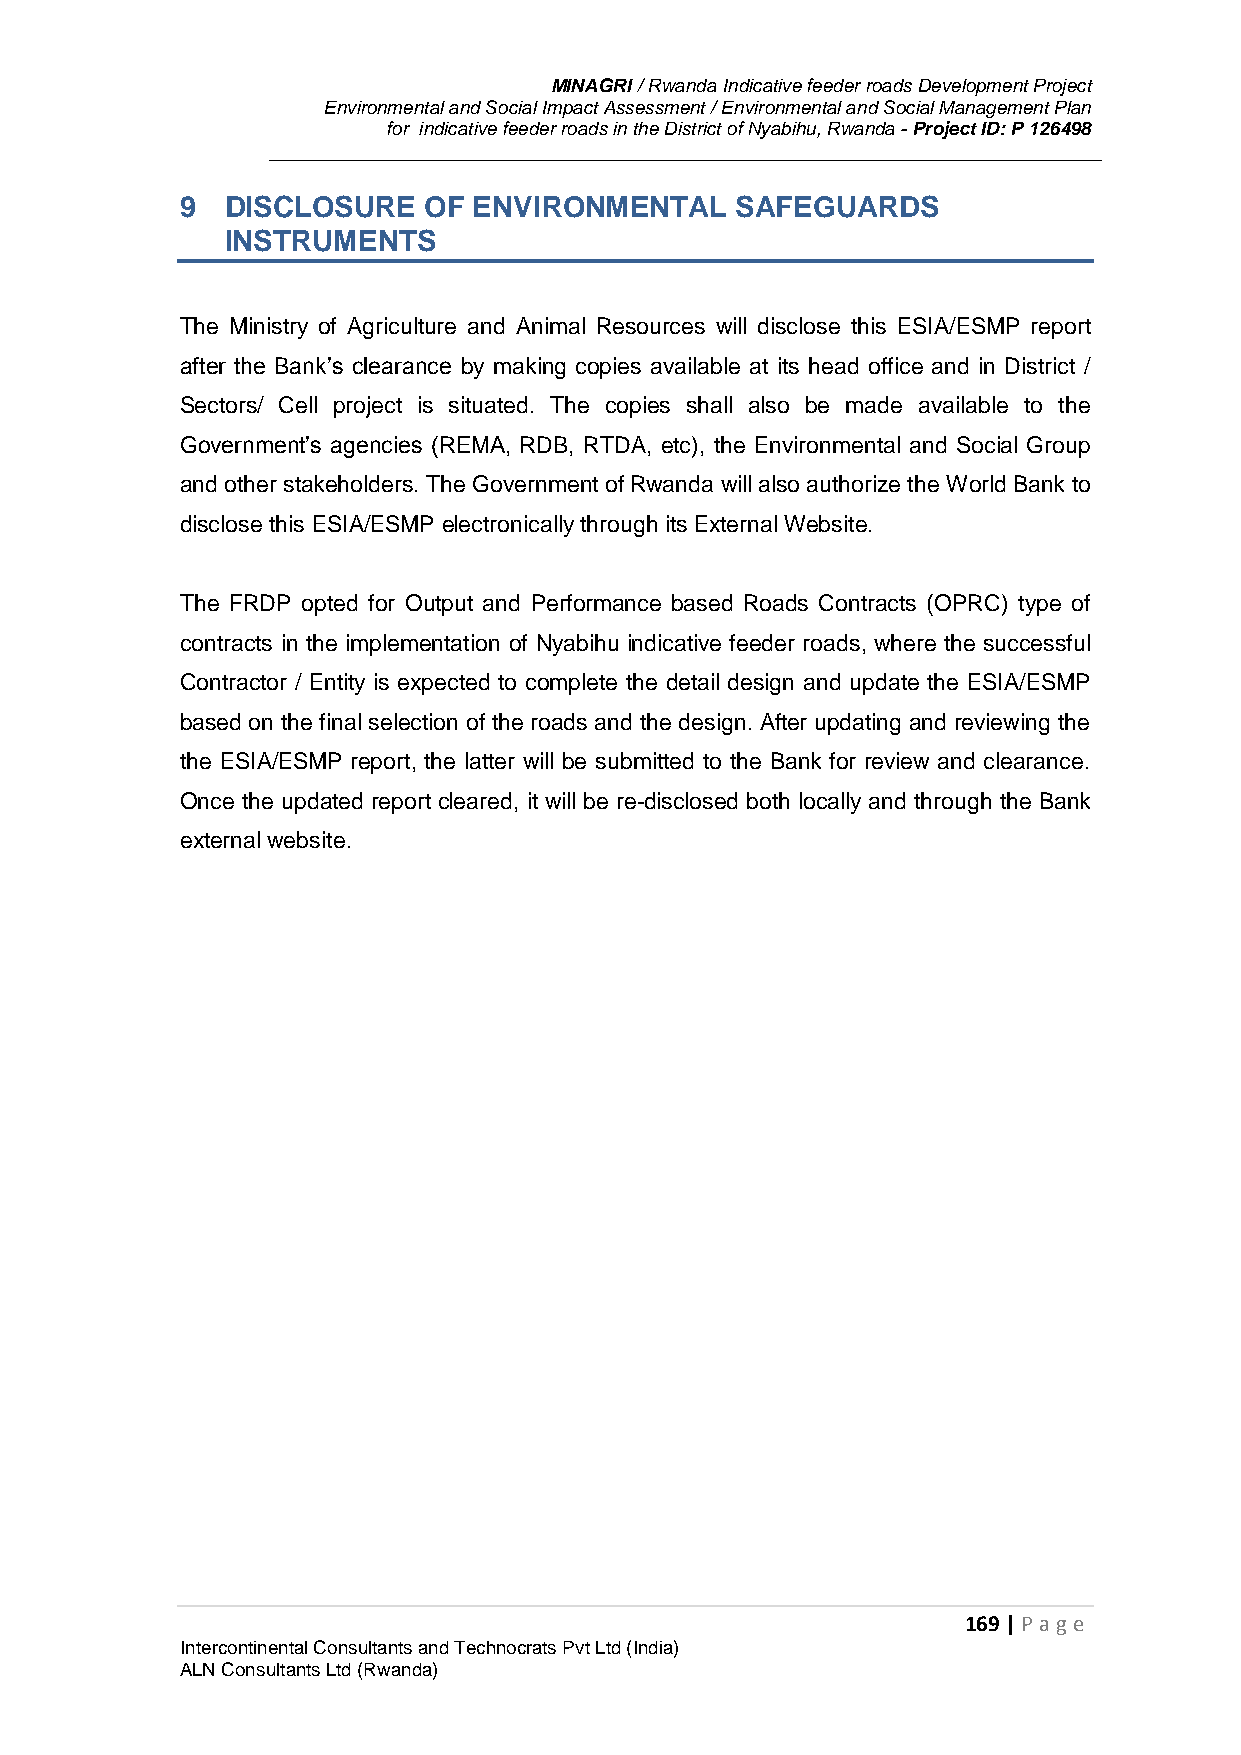
MINAGRI / Rwanda Indicative feeder roads Development Project
 Environmental and Social Impact Assessment / Environmental and Social Management Plan
 for indicative feeder roads in the District of Nyabihu, Rwanda - Project ID: P 126498
 9  DISCLOSURE   OF ENVIRONMENTAL     SAFEGUARDS
 INSTRUMENTS
 The Ministry of Agriculture and Animal Resources will disclose this ESIA/ESMP report
 after the Bank’s clearance by making copies available at its head office and in District /
 Sectors/ Cell project is situated. The copies shall also be made available to the
 Government’s agencies (REMA, RDB, RTDA, etc), the Environmental and Social Group
 and other stakeholders. The Government of Rwanda will also authorize the World Bank to
 disclose this ESIA/ESMP electronically through its External Website.
 The FRDP opted for Output and Performance based Roads Contracts (OPRC) type of
 contracts in the implementation of Nyabihu indicative feeder roads, where the successful
 Contractor / Entity is expected to complete the detail design and update the ESIA/ESMP
 based on the final selection of the roads and the design. After updating and reviewing the
 the ESIA/ESMP report, the latter will be submitted to the Bank for review and clearance.
 Once the updated report cleared, it will be re-disclosed both locally and through the Bank
 external website.
 169 | P age
 Intercontinental Consultants and Technocrats Pvt Ltd (India)
 ALN Consultants Ltd (Rwanda)